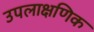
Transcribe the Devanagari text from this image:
उपलाक्षणिक